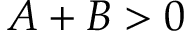
A + B > 0